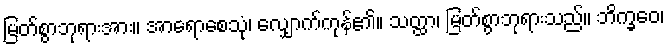
မြတ်စွာဘုရားအား။ အာရောစေသုံ၊ လျှောက်ကုန်၏။ သတ္ထာ၊ မြတ်စွာဘုရားသည်။ ဘိက္ခဝေ၊